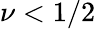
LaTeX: \nu<1/2